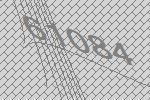
61084